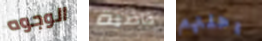
الوجوه قاضية رحلتهم